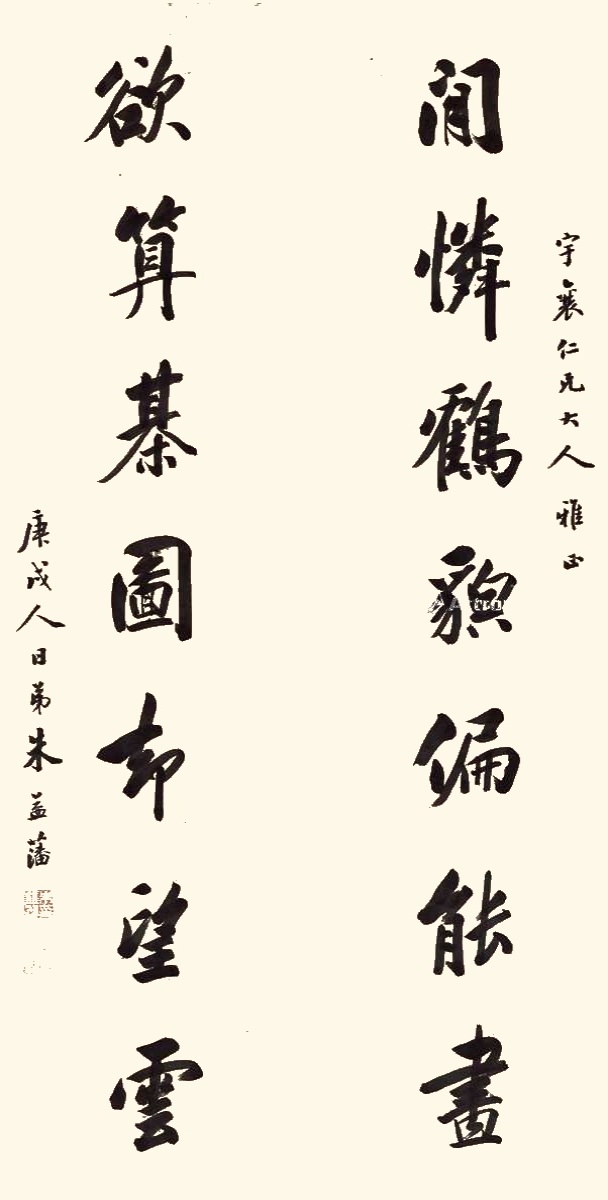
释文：闲怜鹤貌偏能画，欲算棋图却望云。宇襄仁兄大人雅正。庚戌人日，弟朱益藩。